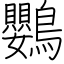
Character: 鸚